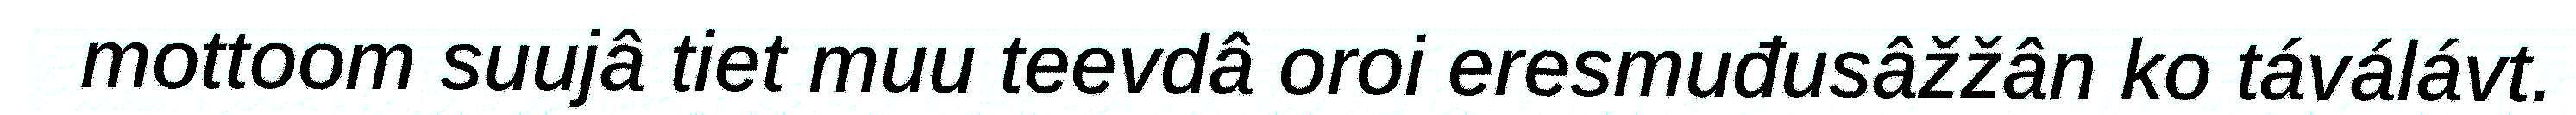
mottoom suujâ tiet muu teevdâ oroi eresmuđusâžžân ko táválávt.